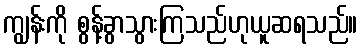
ကျွန်းကို စွန့်ခွာသွားကြသည်ဟုယူဆရသည်။